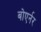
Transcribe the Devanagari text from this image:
बोएर्नर